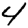
Digit: 4